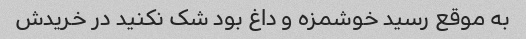
به موقع رسید خوشمزه و داغ بود شک نکنید در خریدش